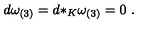
d \omega _ { ( 3 ) } = d { * _ { K } } \omega _ { ( 3 ) } = 0 \ .